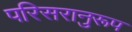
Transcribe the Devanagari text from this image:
परिसरानुरूप